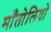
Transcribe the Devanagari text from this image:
माँतोलिवो